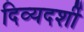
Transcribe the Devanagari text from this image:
दिव्‍यदर्शी